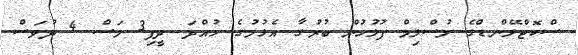
ސްކޮޓްލޭންޑްގެ މުސްލިމް ފުލުހުން ބުރުގާ އެޅުމުގެ ހުއްދަ ދީފި3 މަސް 4 ދުވަސް